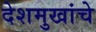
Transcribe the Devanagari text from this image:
देशमुखांचे